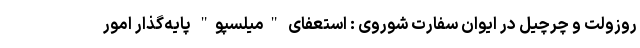
روزولت و چرچیل در ایوان سفارت شوروی : استعفای "میلسپو" پایه‌گذار امور